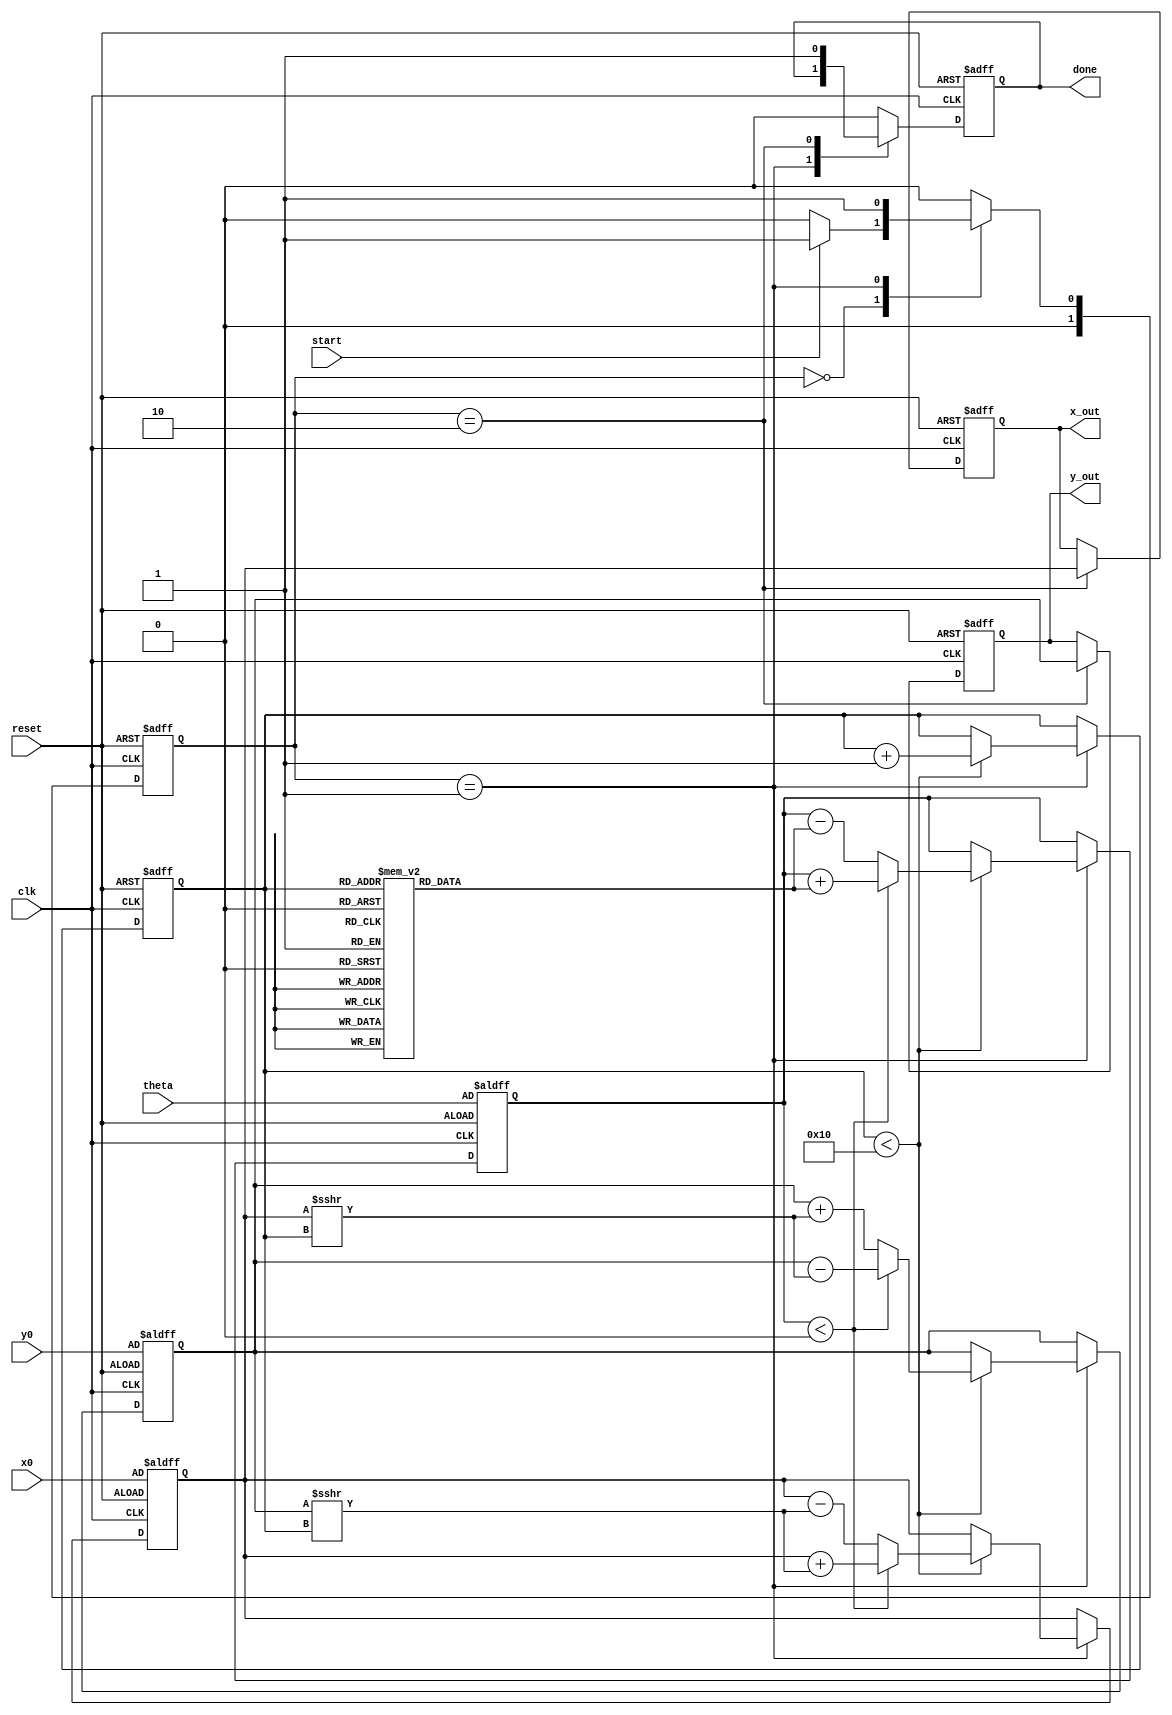
module cordic (
    input wire clk,
    input wire reset,
    input wire start,
    input wire [15:0] theta, // Input angle in radians (fixed-point representation)
    input wire [15:0] x0,    // Initial X coordinate
    input wire [15:0] y0,    // Initial Y coordinate
    output reg [15:0] x_out,  // Resulting X coordinate
    output reg [15:0] y_out,  // Resulting Y coordinate
    output reg done           // Indicates completion of computation
);

    // CORDIC parameters
    parameter NUM_ITERATIONS = 16; // Number of iterations
    reg [15:0] x_reg, y_reg, z_reg; // Registers for X, Y, Z
    reg [3:0] iteration;             // Iteration counter
    reg [15:0] atan_table [0:NUM_ITERATIONS-1]; // Lookup table for arctan(2^-i)

    // Initialize arctan values (fixed-point representation)
    initial begin
        atan_table[0] = 16'h2000; // atan(1) = 0.785398 (approx)
        atan_table[1] = 16'h1000; // atan(0.5) = 0.463648 (approx)
        atan_table[2] = 16'h0800; // atan(0.25) = 0.244978 (approx)
        atan_table[3] = 16'h0400; // atan(0.125) = 0.124389 (approx)
        // ... Fill in the rest of the arctan values
        // atan_table[4] = 16'h0200; // atan(0.0625) = ...
        // ...
        // atan_table[15] = 16'h0001; // atan(2^-15) = ...
    end

    // FSM states
    parameter IDLE = 2'b00, COMPUTE = 2'b01, DONE = 2'b10;
    reg [1:0] state, next_state;

    // State transition logic
    always @(posedge clk or posedge reset) begin
        if (reset) begin
            state <= IDLE;
        end else begin
            state <= next_state;
        end
    end

    // Next state logic
    always @(*) begin
        case (state)
            IDLE: begin
                if (start) begin
                    next_state = COMPUTE;
                end else begin
                    next_state = IDLE;
                end
            end
            COMPUTE: begin
                if (iteration == NUM_ITERATIONS) begin
                    next_state = DONE;
                end else begin
                    next_state = COMPUTE;
                end
            end
            DONE: begin
                next_state = IDLE;
            end
            default: next_state = IDLE;
        endcase
    end

    // CORDIC computation
    always @(posedge clk or posedge reset) begin
        if (reset) begin
            x_reg <= x0;
            y_reg <= y0;
            z_reg <= theta;
            iteration <= 0;
            done <= 0;
            x_out <= 0;
            y_out <= 0;
        end else begin
            case (state)
                COMPUTE: begin
                    if (iteration < NUM_ITERATIONS) begin
                        if (z_reg < 0) begin
                            // Rotate clockwise
                            x_reg <= x_reg + (y_reg >>> iteration);
                            y_reg <= y_reg - (x_reg >>> iteration);
                            z_reg <= z_reg + atan_table[iteration];
                        end else begin
                            // Rotate counterclockwise
                            x_reg <= x_reg - (y_reg >>> iteration);
                            y_reg <= y_reg + (x_reg >>> iteration);
                            z_reg <= z_reg - atan_table[iteration];
                        end
                        iteration <= iteration + 1;
                    end
                end
                DONE: begin
                    x_out <= x_reg;
                    y_out <= y_reg;
                    done <= 1;
                end
                default: begin
                    done <= 0;
                end
            endcase
        end
    end

endmodule